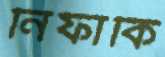
নিফাকি